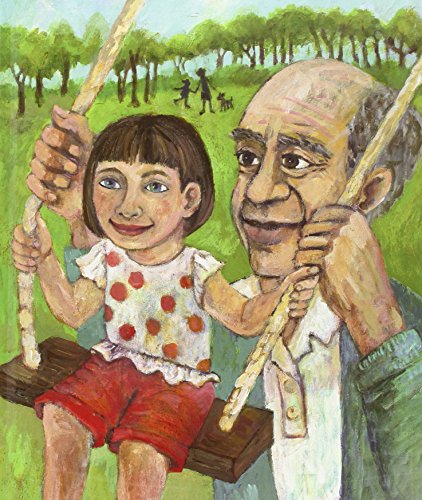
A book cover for The Developing Person Through the Life Span, 8th Edition; Kathleen Stassen Berger; Health, Fitness & Dieting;